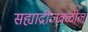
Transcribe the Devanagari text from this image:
सह्याद्रीजवळील